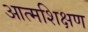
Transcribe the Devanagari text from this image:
आत्मशिक्षण